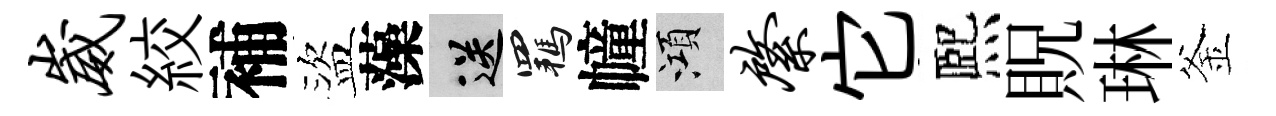
崴絞補盜藻送羈幢澒綮它熈貺琳釜